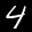
Label: 4